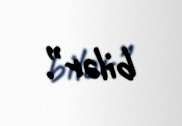
bilər”.